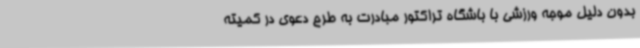
بدون دلیل موجه ورزشی با باشگاه تراکتور مبادرت به طرح دعوی در کمیته